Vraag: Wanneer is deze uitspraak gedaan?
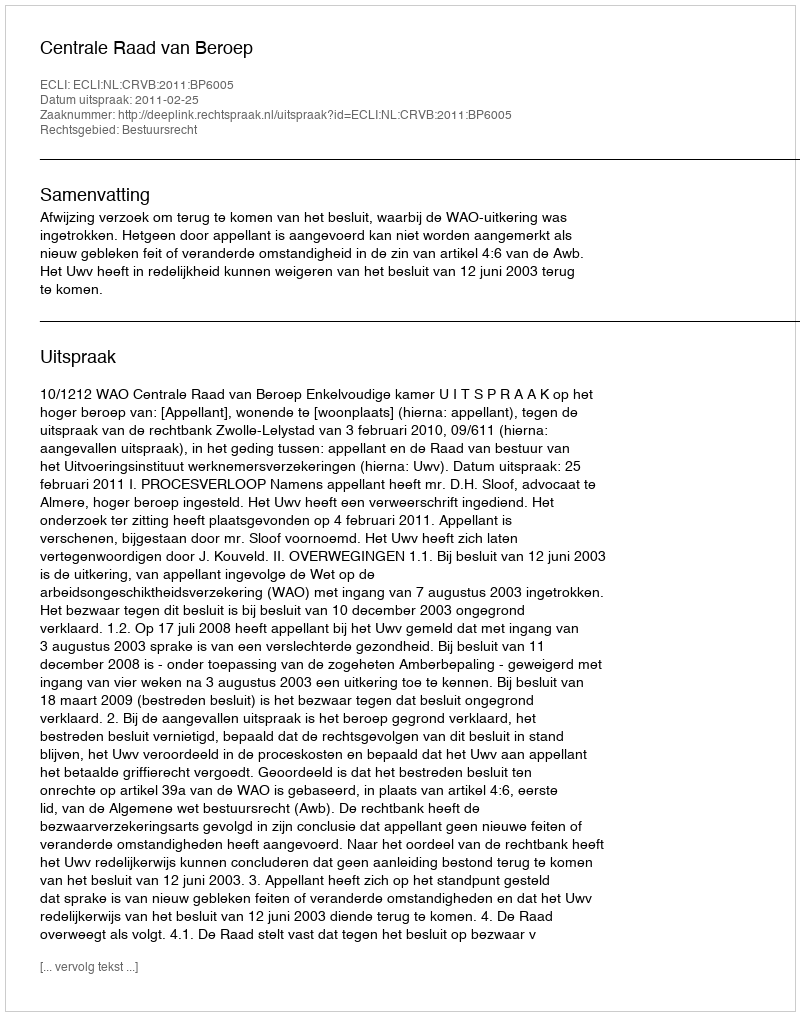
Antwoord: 2011-02-25